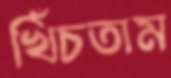
খিঁচতাম